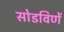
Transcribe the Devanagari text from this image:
सोडविणें